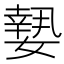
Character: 𡡘